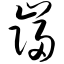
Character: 盔